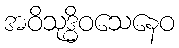
အဝိသုဒ္ဓိဝသေနေဝ